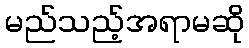
မည်သည့်အရာမဆို